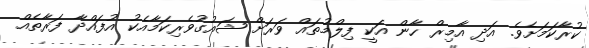
ކުރާކަމަށެވެ. އަދި އާމިރް ހާން އަކީ ފިލްމުތައް ވަރަށް ޝައުގުވެރިކަމާއެކު އުފައްދާ ފަރާތެއް